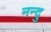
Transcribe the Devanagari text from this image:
नन्दु